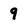
Character: 9